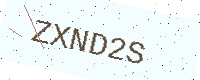
Text: ZXND2S